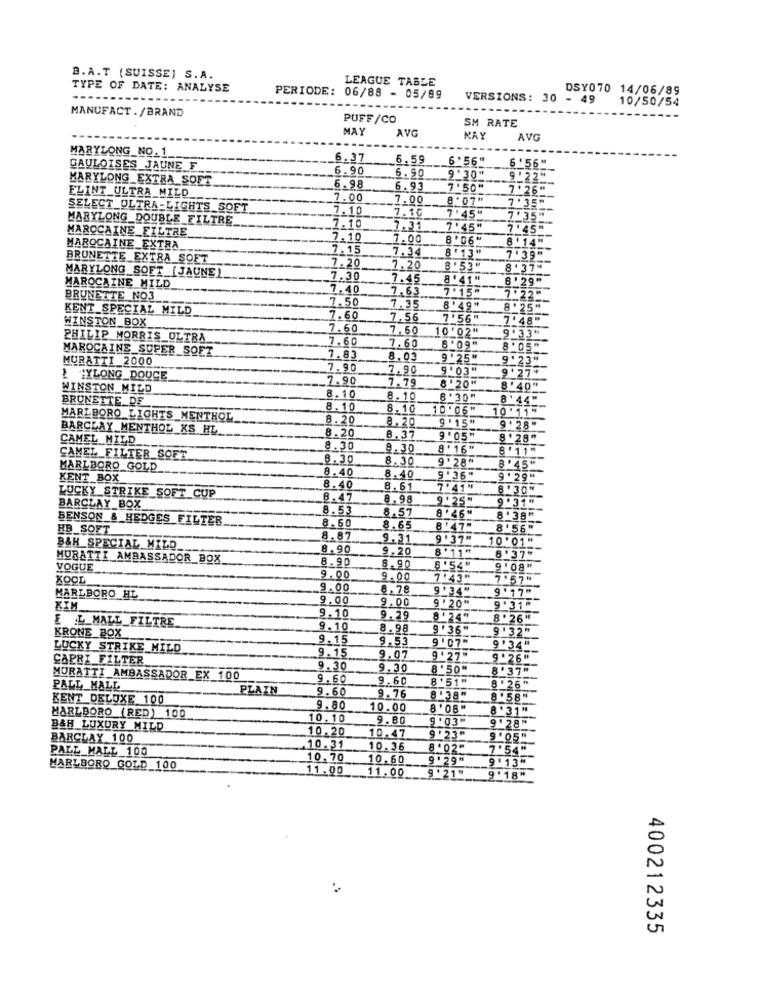
B.A.T (SUISSE] S.A.
LEAGUE TABLE
TYPE OF DATE: ANALYSE
PERIODE:
DSY070 14/06/89
06/88 - 05/09
VERSIONS: 30 - 49
10/50/54
MANUFACT ./BRAND
PUFF /CO
SM RATE
MAY
AVG
MAY
AVG
MARYLONG_NO.1
6.37
6.59
6 ' 56"
6 '56"
GAULOISES JAUNE F
6.90
6.90
MARYLONG_EXTRA SOET
9 '30"
9 ' 22"
6.98
6.93
7 '50"
7 ' 26"
ELINT_ULTRA_MILD_
7.00
7.00
8 .07"
7 .35"
SELECT_ULTRA-LIGHTS_SOFT
7.10
7.10
MARYLONG_DOUBLE_FILTRE
7 '45"
7'35
MAROCAINE_FILTRE
7.10
1.31
7'45"
7.45
7.10
7.00
8'06"
8'14"
MAROCAINE_EXTRA_
7.15
7.34
BRUNETTE_EXTRA SOFT
7.20
8' 13"
7 .39"
MARYLONG_SOFT_(JAUNE)
7.20
8'53"
8 '37"
7.30
7.45
8'41"
6 '29
MAROCAINE MILD
7.40
7.63
7 .15-
BRUNETTE NO3_
7.50
7.22
KENT SPECIAL MILD
7.35
8'49
8'25"
WINSTON_BOX
7.60
7.56
7 '56"
7'48"
7.60
7.50
10'02"
PHILIP MORRIS_ULTRA
7.60
9'33"
MAROCAINE SUPER SOFT
7.60
6 '09"
8 '05"
MURATTI_2000
7.83
8.03
9 ' 25"
9'23"
7.90
7.90
9'03"
9'27*
} "XLONG_DOUCE
7.90
7.79
WINSTON MILD
8 .20"
8 ' 40"
BRUNETTE DE
8.10
8.10
8 '30"
8'44"
8.10
8.10
10 .06"
10 11"
MARLBORO LIGHTS MENTHOL
8.20
8.20
9 '15"
BARCLAY MENTHOL KS HL_
9 ' 28-
CAMEL MILD
8.20
8.37
9 '05"
8'28"
8.30
8.30
8' 16"
8 '11"
CAMEL_FILTER SOFT
8.30
8.30
9'28"
MARLBORO GOLD
8.40
8 '45"
KENT _BOX
8.40
9'36"
9 . 29"
8.40
8.61
7'41"
8'30"
LUCKY STRIKE SOFT CUP
8.47
8.98
9.25
9 .31"
BARCLAY BOX
8.53
8.57
8 '46"
BENSON & HEDGES FILTER
8.60
8'38"
HB_SOFT
8.65
8' 47"
8 '56"
8.87
9.31
9 '37"
10 '01"
B&H_SPECIAL MILD
8.90
9.20
8'11"
MURATTI AMBASSADOR_BOX
8.90
8 '37"
VOGUE
8.90
$ 154"
9 '08"
KOOL
9.00
9.00
7'43"
7 '57"
9.00
8.78
9'34"
9'17"
MARLBORO HL
9.00
9,00
9 ' 20"
KIM
9'31"
9.10
9.29
8'24"
8.26"
EL MALL_FILTRE
9. 10
8.98
9'36"
9 '32"
KRONE_BOX
9.15
9.53
9 '07"
LUCKY STRIKE MILD
9.15
9'34"
CAPRI FILTER
9.07
9 ' 27"
9.26"
9.30
9.30
8 '50"
8 '37"
MURATTI AMBASSADOR EX 100
9.60
9.60
8'51"
PALL MALL
PLAIN
9.60
8 .26"
KENT DELUXE 100
9.76
8 '38"
8 .58
9.80
10.00
8'08"
8 .31"
MARLBORO (RED) 100
10.10
9.80
9 .03"
9 ' 28"
B&H LUXURY MILD
10.20
BARCLAY 100
10,47
9 '23"
9 '05"
PALL MALL 100
10.31
10.36
8 .02"
7 '54"
10.70
10.60
9'29"
9 '13"
MARLBORO GOLD 100
11.00
11.00
9 '21"
9 '18"
400212335